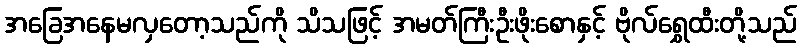
အခြေအနေမလှတော့သည်ကို သိသဖြင့် အမတ်ကြီးဦးဖိုးစောနှင့် ဗိုလ်ရွှေထီးတို့သည်